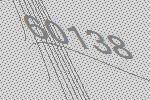
60138